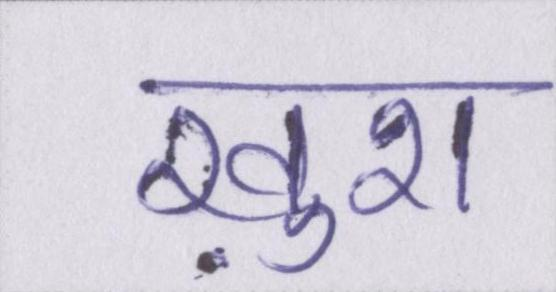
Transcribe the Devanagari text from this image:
ख़ुश